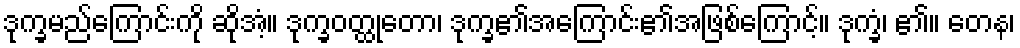
ဒုက္ခမည်ကြောင်းကို ဆိုအံ့။ ဒုက္ခဝတ္ထုတော၊ ဒုက္ခ၏အကြောင်း၏အဖြစ်ကြောင့်။ ဒုက္ခံ၊ ၏။ တေန၊